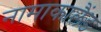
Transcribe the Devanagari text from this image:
नामाकालैंड